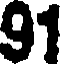
91